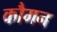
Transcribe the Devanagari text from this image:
कौमन